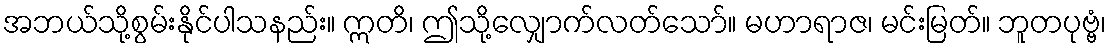
အဘယ်သို့စွမ်းနိုင်ပါသနည်း။ ဣတိ၊ ဤသို့လျှောက်လတ်သော်။ မဟာရာဇ၊ မင်းမြတ်။ ဘူတပုဗ္ဗံ၊